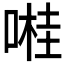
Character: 𠺺